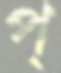
প্